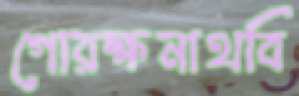
গোরক্ষনাথবি